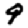
Digit: 9